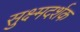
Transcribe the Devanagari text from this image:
सुक्ष्मदर्शक